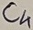
Text: C4